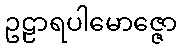
ဥဠာရပါမောဇ္ဇော